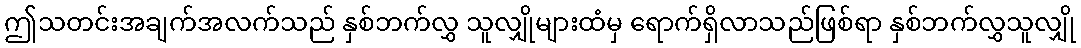
ဤသတင်းအချက်အလက်သည် နှစ်ဘက်လွှ သူလျှိုများထံမှ ရောက်ရှိလာသည်ဖြစ်ရာ နှစ်ဘက်လွှသူလျှို